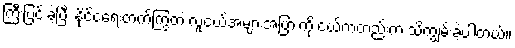
ကြီးပြင်းခဲ့ပြီး နိုင်ငံရေးတက်ကြွတဲ့ လူငယ်အများအပြားကို ငယ်ကတည်းက သိကျွမ်းခဲ့ပါတယ်။